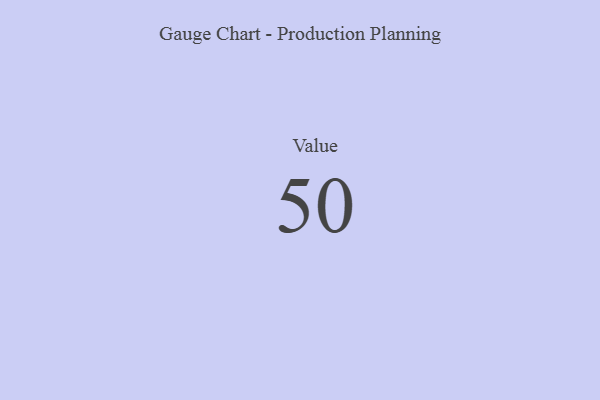
{"axis": {"x": "Metric", "y": "Value"}, "legend": [""], "data": [{"x": "Value", "y": 50, "type": ""}]}